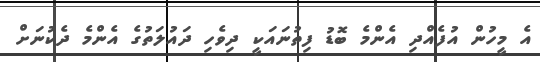
އެ މީހުން އުފެއްދި އެންމެ ބޮޑު ފިތުނައަކީ ދިވެހި ދައުލަތުގެ އެންމެ ދެކުނަށް